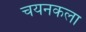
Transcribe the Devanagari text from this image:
चयनकला